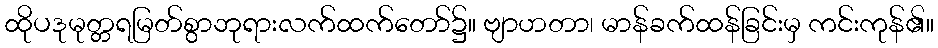
ထိုပဒုမုတ္တရမြတ်စွာဘုရားလက်ထက်တော်၌။ ဗျာဟတာ၊ မာန်ခက်ထန်ခြင်းမှ ကင်းကုန်၏။